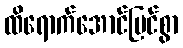
ထိရောက်အောင်မြင်စွာ